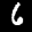
Label: 6